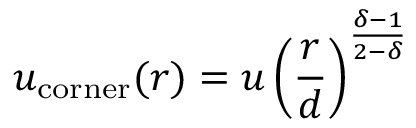
u _ { \mathrm { c o r n e r } } ( r ) = u \left( \frac { r } { d } \right) ^ { \frac { \delta - 1 } { 2 - \delta } }